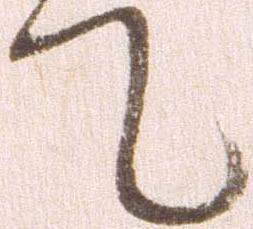
て